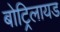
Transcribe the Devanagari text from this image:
बोट्रिलायड